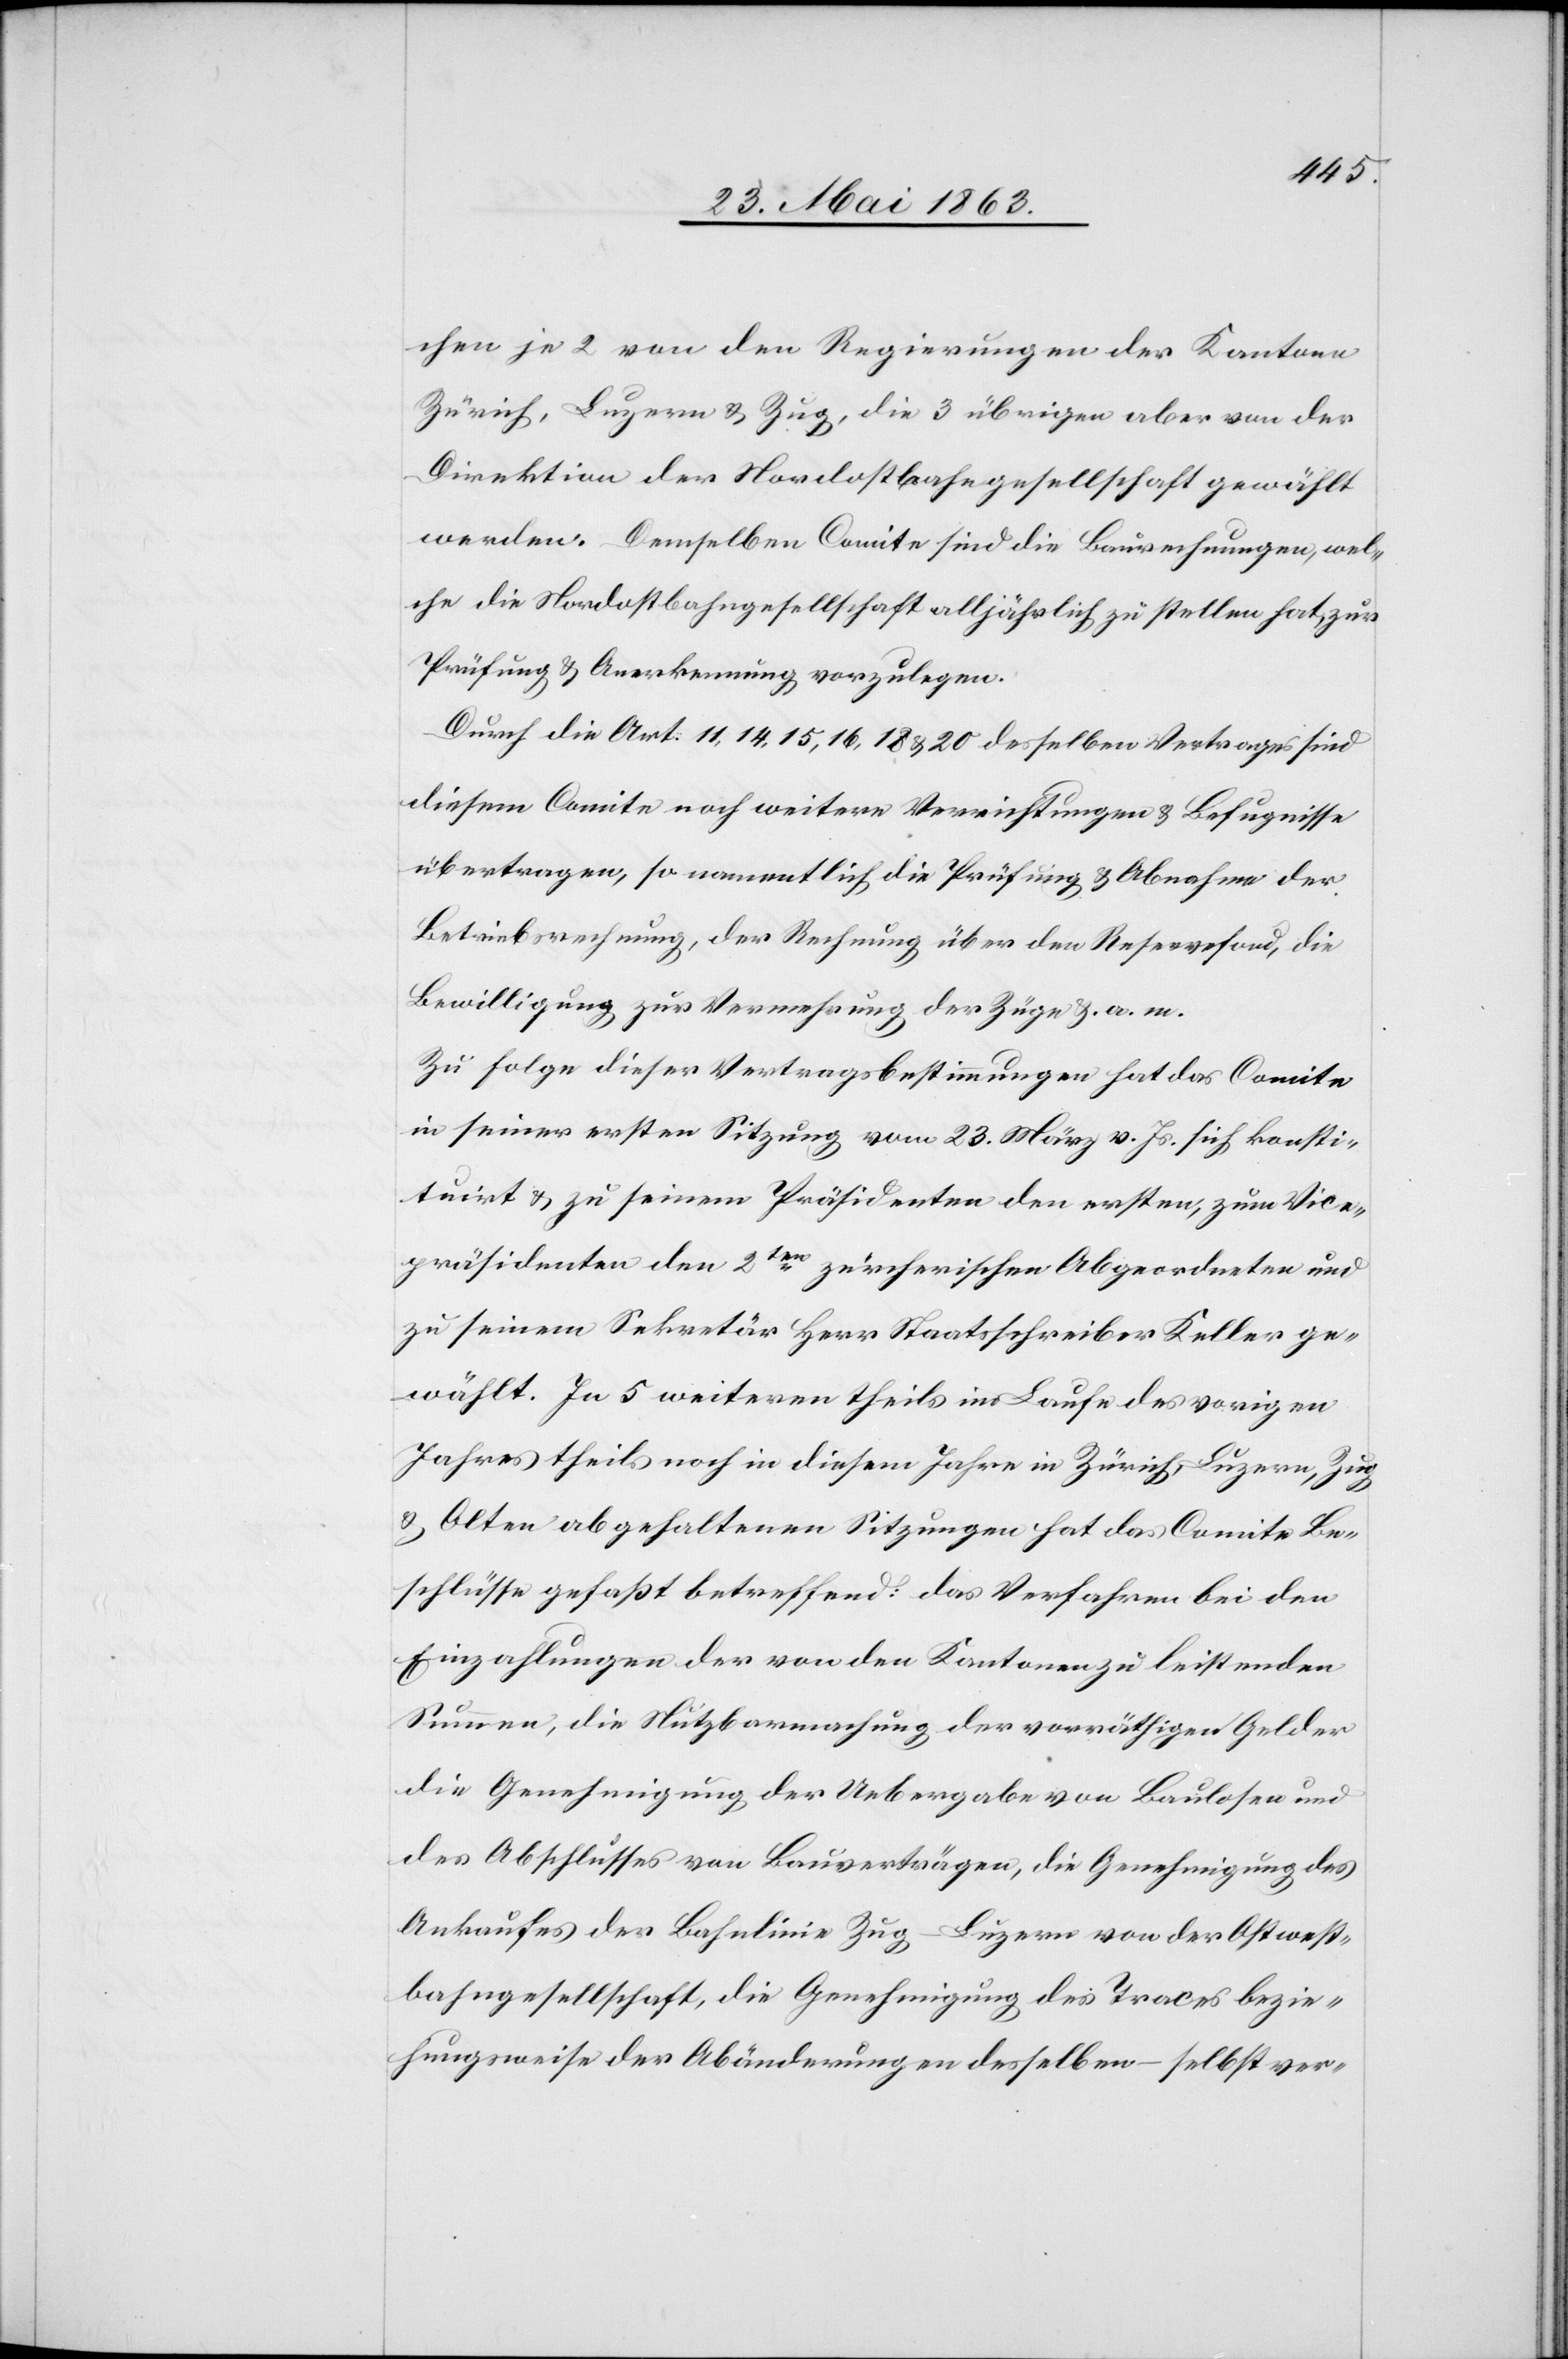
chen je 2 von den Regierungen der Kantone
Zürich, Luzern & Zug, die 3 übrigen aber von der
Direktion der Nordostbahngesellschaft gewählt
werden. Demselben Comite sind die Baurechnungen, wel¬
che die Nordostbahngesellschaft alljährlich zu stellen hat, zur
Prüfung & Anerkennung vorzulegen.
Durch die Art. 11, 14, 15, 16, 18 & 20 desselben Vertrages sind
diesem Comite noch weitere Verrichtungen & Befugnisse
übertragen, so namentlich die Prüfung & Abnahme der
Betriebsrechnung, der Rechnung über den Reservefond, die
Bewilligung zur Vermehrung der Züge &. a. m.
Zu Folge dieser Vertragsbestimmungen hat das Comite
in seiner ersten Sitzung vom 23. März v. Js. sich konsti¬
tuirt & zu seinem Präsidenten den ersten, zum Vice¬
präsidenten den 2ten zürcherischen Abgeordneten und
zu seinem Sekretär Herr Staatsschreiber Keller ge¬
wählt. In 5 weiteren theils im Laufe des vorigen
Jahres theils noch in diesem Jahre in Zürich, Luzern, Zug
& Olten abgehaltenen Sitzungen hat das Comite Be¬
schlüsse gefaßt betreffend: das Verfahren bei den
Einzahlungen der von den Kantonen zu leistenden
Summen, die Nutzbarmachung der vorräthigen Gelder
die Genehmigung der Uebergabe von Baulosen und
des Abschlusses von Bauverträgen, die Genehmigung des
Ankaufes der Bahnlinie Zug–Luzern von der Ostwest¬
bahngesellschaft, die Genehmigung des Traces bezie¬
hungsweise der Abänderungen desselben – selbst ver-